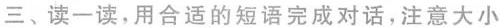
三、读-读,用合适的短语完成对话,注意大小